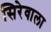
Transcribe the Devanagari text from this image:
सिरेवाला